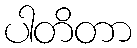
ပါတိတာ